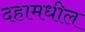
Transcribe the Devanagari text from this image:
दहामधील